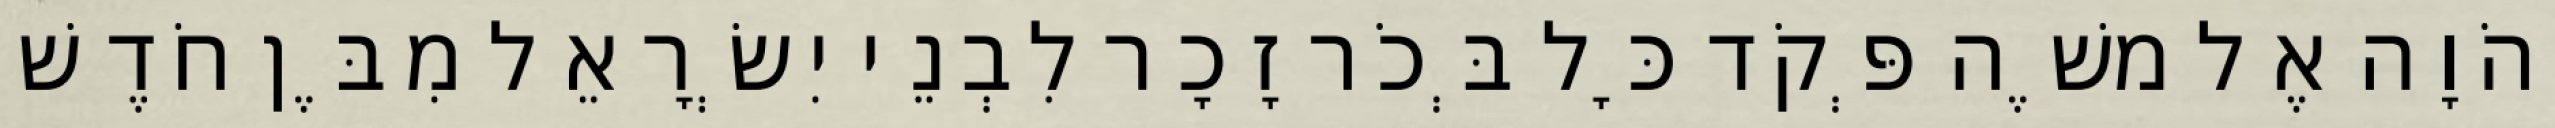
יְהֹוָה אֶל משֶׁה פְּקֹד כָּל בְּכֹר זָכָר לִבְנֵי יִשְׂרָאֵל מִבֶּן חֹדֶשׁ